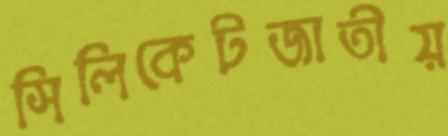
সিলিকেটজাতীয়